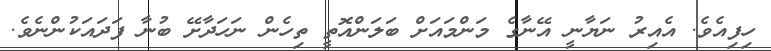
ހިފިއެވެ. އެއިރު ނަޔާނީ އޭނާގެ މަންމައަށް ބަލަންއޮތީ ތިހެން ނަހަދާށޭ ބުނާ ފަދައަކުންނެވެ.